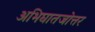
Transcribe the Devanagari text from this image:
अभिघातजोत्तर